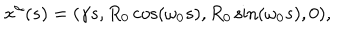
x ^ { \alpha } ( s ) = ( \gamma s , R _ { 0 } \cos ( \omega _ { 0 } s ) , R _ { 0 } \sin ( \omega _ { 0 } s ) , 0 ) ,